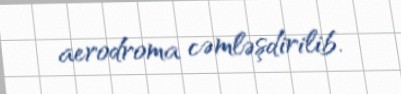
aerodroma cəmləşdirilib.